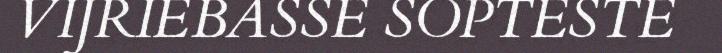
VIJRIEBASSE SOPTESTE